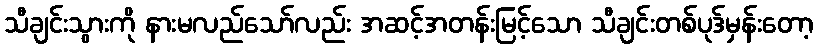
သီချင်းသွားကို နားမလည်သော်လည်း အဆင့်အတန်းမြင့်သော သီချင်းတစ်ပုဒ်မှန်းတော့